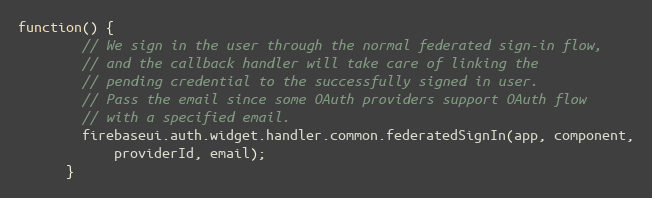
Language: JavaScript
function() {
        // We sign in the user through the normal federated sign-in flow,
        // and the callback handler will take care of linking the
        // pending credential to the successfully signed in user.
        // Pass the email since some OAuth providers support OAuth flow
        // with a specified email.
        firebaseui.auth.widget.handler.common.federatedSignIn(app, component,
            providerId, email);
      }